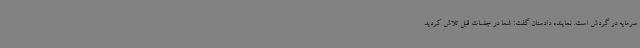
سرمایه در گردش است. نماینده دادستان گفت: شما در جلسات قبل تلاش کردید